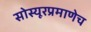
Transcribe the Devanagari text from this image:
सोस्यूरप्रमाणेच